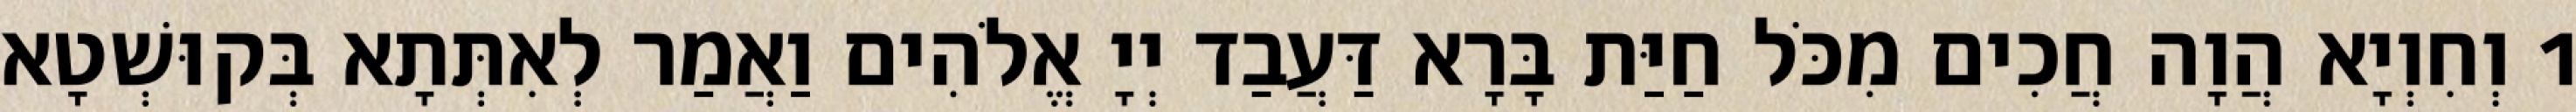
1 וְחִוְיָא הֲוָה חֲכִים מִכֹּל חַיַּת בָּרָא דַּעֲבַד יְיָ אֱלֹהִים וַאֲמַר לְאִתְּתָא בְּקוּשְׁטָא